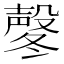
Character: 㲇